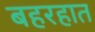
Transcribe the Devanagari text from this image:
बहरहात